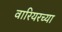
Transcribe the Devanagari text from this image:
वारियरच्या